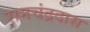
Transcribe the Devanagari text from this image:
रामचंद्रदास